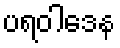
ပရဝါဒေန